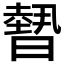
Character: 𭧳